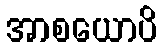
အာစယောပိ